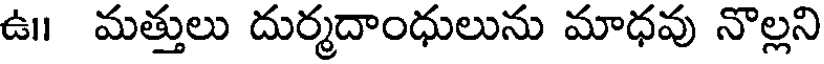
ఉ॥ మత్తులు దుర్మదాంధులును మాధవు నొల్లని